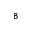
_ 8